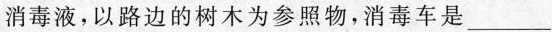
消毒液，以路边的树木为参照物，消毒车是___